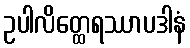
ဥပါလိတ္ထေရဿာပဒါနံ